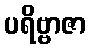
ပရိဗ္ဗာဇာ